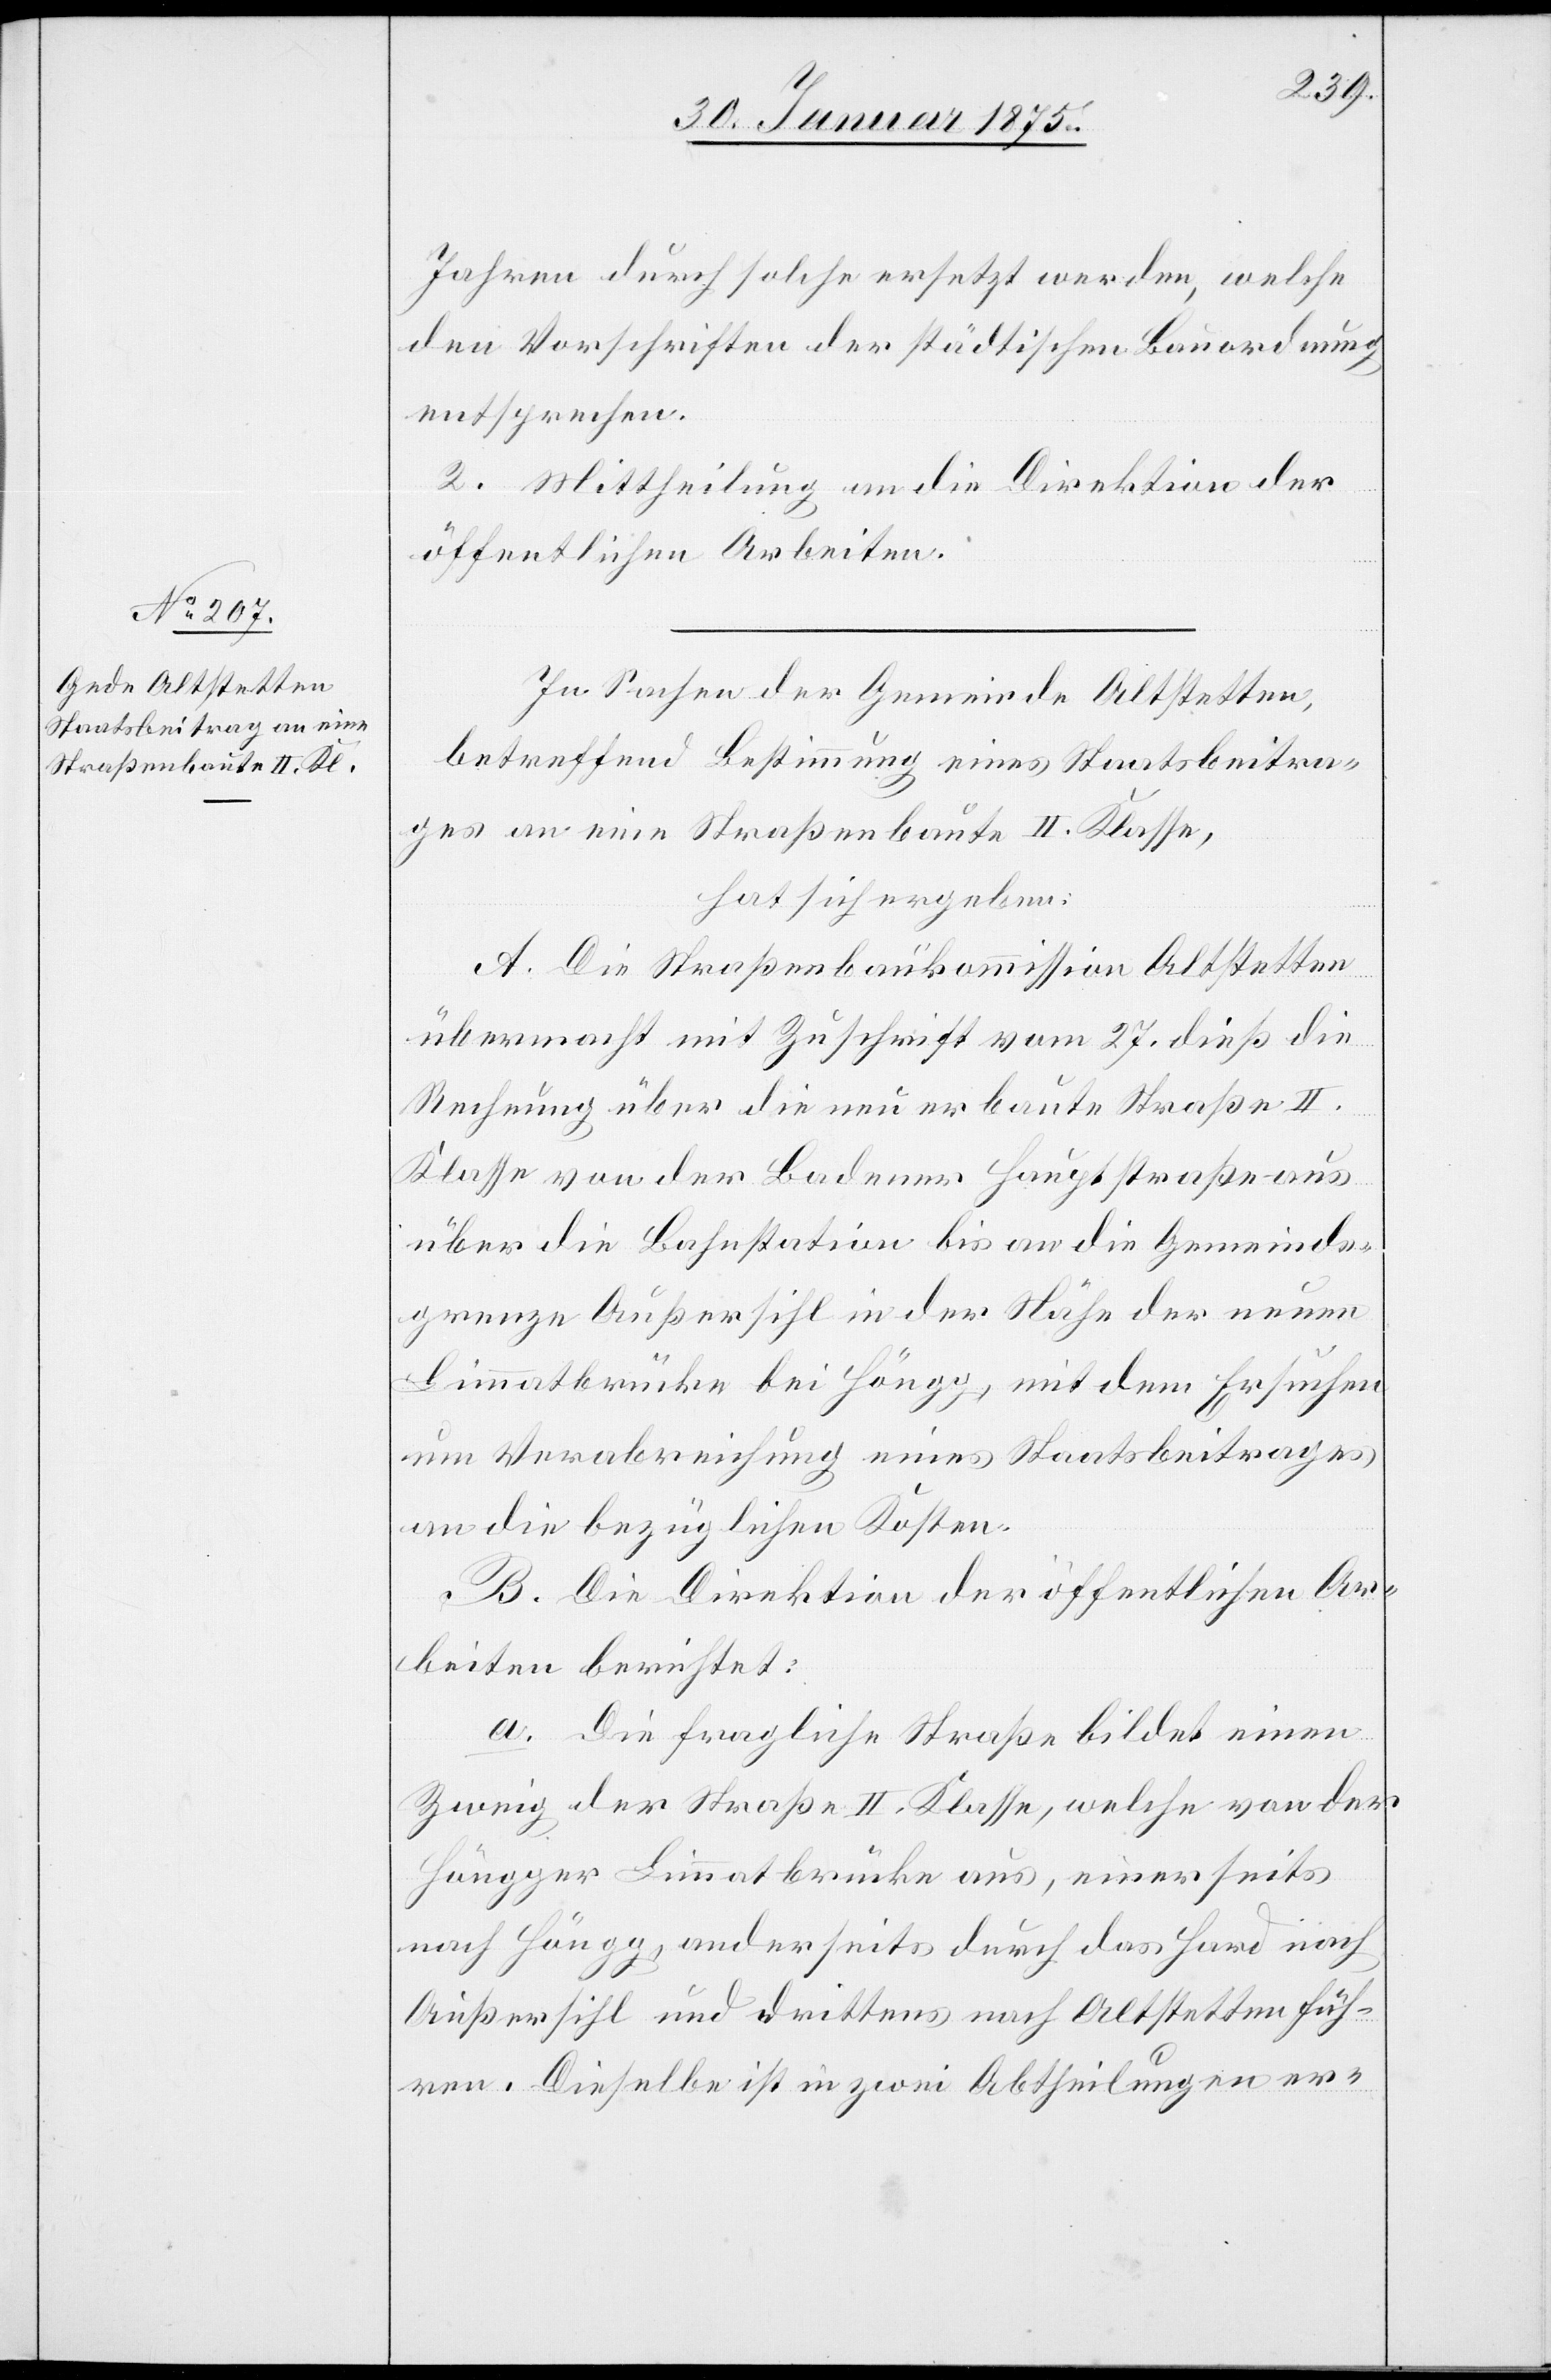
Jahren durch solche ersetzt werden, welche
den Vorschriften der städtischen Bauordnung
entsprechen.
2. Mittheilung an die Direktion der
öffentlichen Arbeiten.
In Sachen der Gemeinde Altstetten,
betreffend Bestimmung eines Staatsbeitra¬
ges an eine Straßenbaute II. Klasse,
hat sich ergeben:
A. Die Straßenbaukommission Altstetten
übermacht mit Zuschrift vom 27. dieß die
Rechnung über die neu erbaute Straße II.
Klasse von der Badener Hauptstraße aus
über die Bahnhofstation bis an die Gemeinds¬
grenze Außersihl in der Nähe der neuen
Limmatbrücke bei Höngg, mit dem Ersuchen
um Verabreichung eines Staatsbeitrages
an die bezüglichen Kosten.
B. Die Direktion der öffentlichen Ar¬
beiten berichtet:
a. Die fragliche Straße bildet einen
Zweig der Straße II. Klasse, welche von der
Höngger Limmatbrücke aus, einerseits
nach Höngg, anderseits durch das Hard nach
Außersihl und drittens nach Altstetten füh¬
ren. Dieselbe ist in zwei Abtheilungen er-